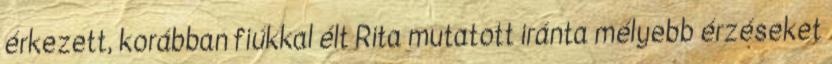
érkezett, korábban fiúkkal élt Rita mutatott iránta mélyebb érzéseket